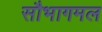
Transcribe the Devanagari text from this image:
सौभागमल